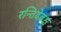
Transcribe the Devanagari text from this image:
रन्तिदेवश्च